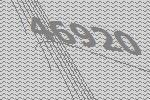
46920